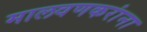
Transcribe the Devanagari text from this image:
मालवणकरांना